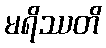
မရိဿတိ